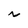
Character: N